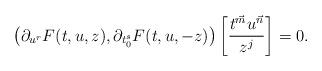
LaTeX: \begin{align*}\left( \partial_{u^r} F(t,u,z), \partial_{t_0^s} F(t,u,-z) \right)\left[\frac{t^{\vec m}u^{\vec n}}{z^j}\right]=0.\end{align*}